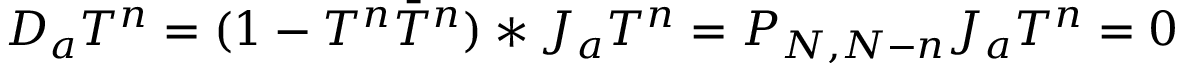
D _ { a } T ^ { n } = ( 1 - T ^ { n } \bar { T } ^ { n } ) * J _ { a } T ^ { n } = P _ { N , N - n } J _ { a } T ^ { n } = 0